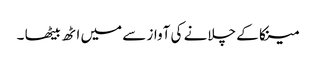
مینکا کے چلانے کی آواز سے میں اٹھ بیٹھا ۔